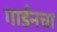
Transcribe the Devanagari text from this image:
गार्डनचा